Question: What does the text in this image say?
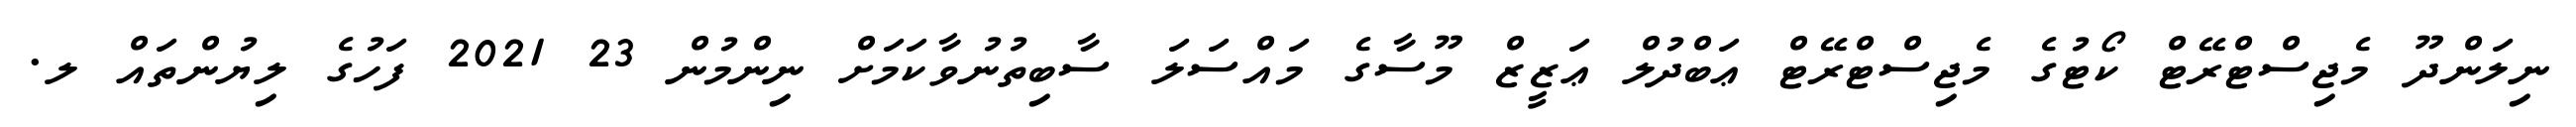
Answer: ނިލަންދޫ މެޖިސްޓްރޭޓް ކޯޓުގެ މެޖިސްޓްރޭޓް ޢަބްދުލް ޢަޒީޒް މޫސާގެ މައްސަލަ ސާބިތުނުވާކަމަށް ނިންމުން 23 2021 ފަހުގެ ލިޔުންތައް ލ.